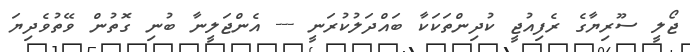
ޖޯލީ ސޫރިޔާގެ ރެފިއުޖީ ކުދިންތަކަކާ ބައްދަލުކުރަނީ --- އެންޖަލީނާ ބުނި ގޮތުން ވޭތުވެދިޔަ